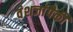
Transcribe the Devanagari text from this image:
वंशजांपैकी